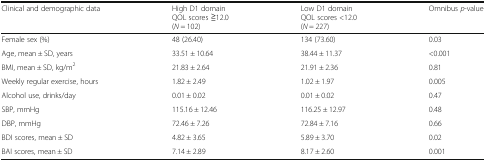
<table><thead><tr><td><b>Clinical and demographic data</b></td><td><b>High D1 domainQOL scores ≧12.0(<i>N</i> = 102)</b></td><td><b>Low D1 domainQOL scores &lt;12.0(<i>N</i> = 227)</b></td><td><b>Omnibus <i>p</i>-value</b></td></tr></thead><tbody><tr><td>Female sex (%)</td><td>48 (26.40)</td><td>134 (73.60)</td><td>0.03</td></tr><tr><td>Age, mean ± SD, years</td><td>33.51 ± 10.64</td><td>38.44 ± 11.37</td><td>&lt;0.001</td></tr><tr><td>BMI, mean ± SD, kg/m<sup>2</sup></td><td>21.83 ± 2.64</td><td>21.91 ± 2.36</td><td>0.81</td></tr><tr><td>Weekly regular exercise, hours</td><td>1.82 ± 2.49</td><td>1.02 ± 1.97</td><td>0.005</td></tr><tr><td>Alcohol use, drinks/day</td><td>0.01 ± 0.02</td><td>0.01 ± 0.02</td><td>0.47</td></tr><tr><td>SBP, mmHg</td><td>115.16 ± 12.46</td><td>116.25 ± 12.97</td><td>0.48</td></tr><tr><td>DBP, mmHg</td><td>72.46 ± 7.26</td><td>72.84 ± 7.16</td><td>0.66</td></tr><tr><td>BDI scores, mean ± SD</td><td>4.82 ± 3.65</td><td>5.89 ± 3.70</td><td>0.02</td></tr><tr><td>BAI scores, mean ± SD</td><td>7.14 ± 2.89</td><td>8.17 ± 2.60</td><td>0.001</td></tr></tbody></table>